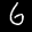
Digit: 6